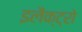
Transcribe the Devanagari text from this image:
इलैक्ट्रो